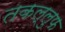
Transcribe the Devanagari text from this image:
तकल्लुफ